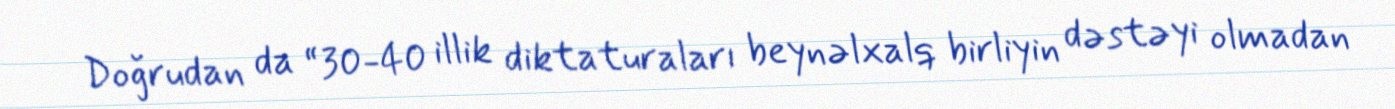
Doğrudan da “30-40 illik diktaturaları beynəlxalq birliyin dəstəyi olmadan